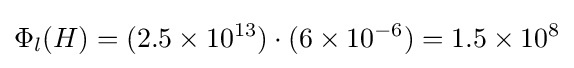
\Phi _{l}(H)=(2.5\times 10^{13})\cdot (6\times 10^{-6})=1.5\times 10^{8}